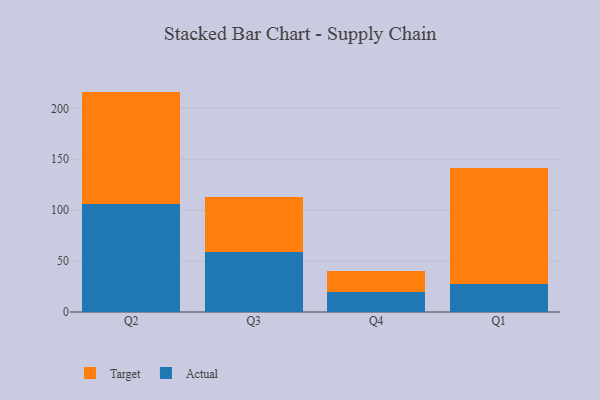
{"axis": {"x": "Quarter", "y": "Production Output"}, "legend": ["Actual", "Target"], "data": [{"x": "Q2", "y": 105.8, "type": "Actual"}, {"x": "Q2", "y": 110.6, "type": "Target"}, {"x": "Q3", "y": 59.0, "type": "Actual"}, {"x": "Q3", "y": 54.1, "type": "Target"}, {"x": "Q4", "y": 20.0, "type": "Actual"}, {"x": "Q4", "y": 20.4, "type": "Target"}, {"x": "Q1", "y": 27.4, "type": "Actual"}, {"x": "Q1", "y": 114.1, "type": "Target"}]}